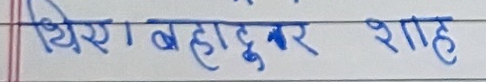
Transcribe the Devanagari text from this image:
थिए। बहादुर शाह